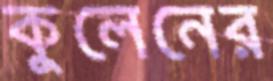
কুলেনের